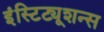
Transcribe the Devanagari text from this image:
इंस्टिट्यूशन्स